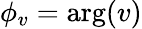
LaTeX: \phi_{v}=\mathrm{arg}(v)